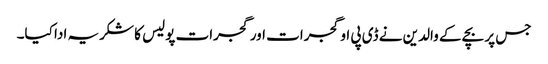
جس پر بچے کے والدین نے ڈی پی او گجرات اور گجرات پولیس کا شکریہ ادا کیا۔